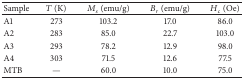
| Sample | T (K) | Ms (emu/g) | Br (emu/g) | Hc (Oe) |
 | --- | --- | --- | --- | --- |
 | A1 | 273 | 103.2 | 17.0 | 86.0 |
 | A2 | 283 | 85.0 | 22.7 | 103.0 |
 | A3 | 293 | 78.2 | 12.9 | 98.0 |
 | A4 | 303 | 71.5 | 12.6 | 77.5 |
 | MTB | — | 60.0 | 10.0 | 75.0 |